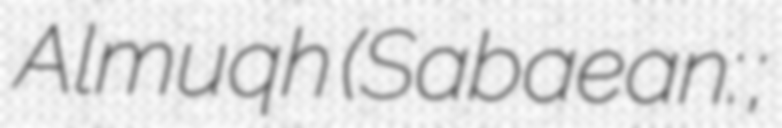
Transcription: Almuqh (Sabaean: 𐩱𐩡𐩣𐩤𐩠;